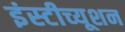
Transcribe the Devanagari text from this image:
इंस्‍टीच्‍यूशन